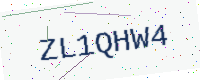
Text: ZL1QHW4